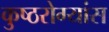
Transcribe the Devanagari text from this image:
कुष्ठरोग्यांस